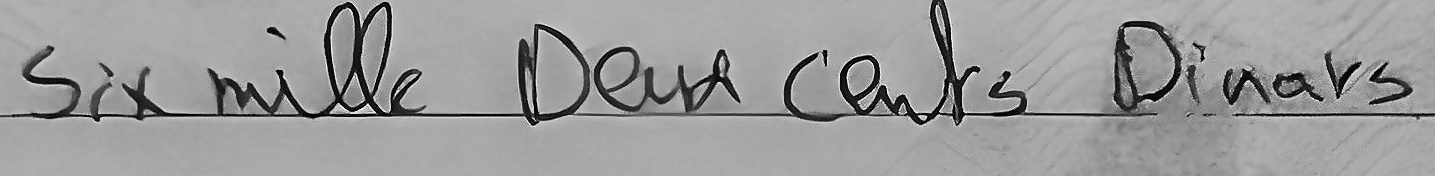
Six mille Deux cents Dinars